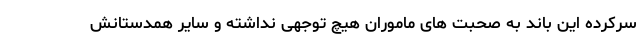
سرکرده این باند به صحبت های ماموران هیچ توجهی نداشته و سایر همدستانش